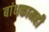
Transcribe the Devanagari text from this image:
बांधकामही